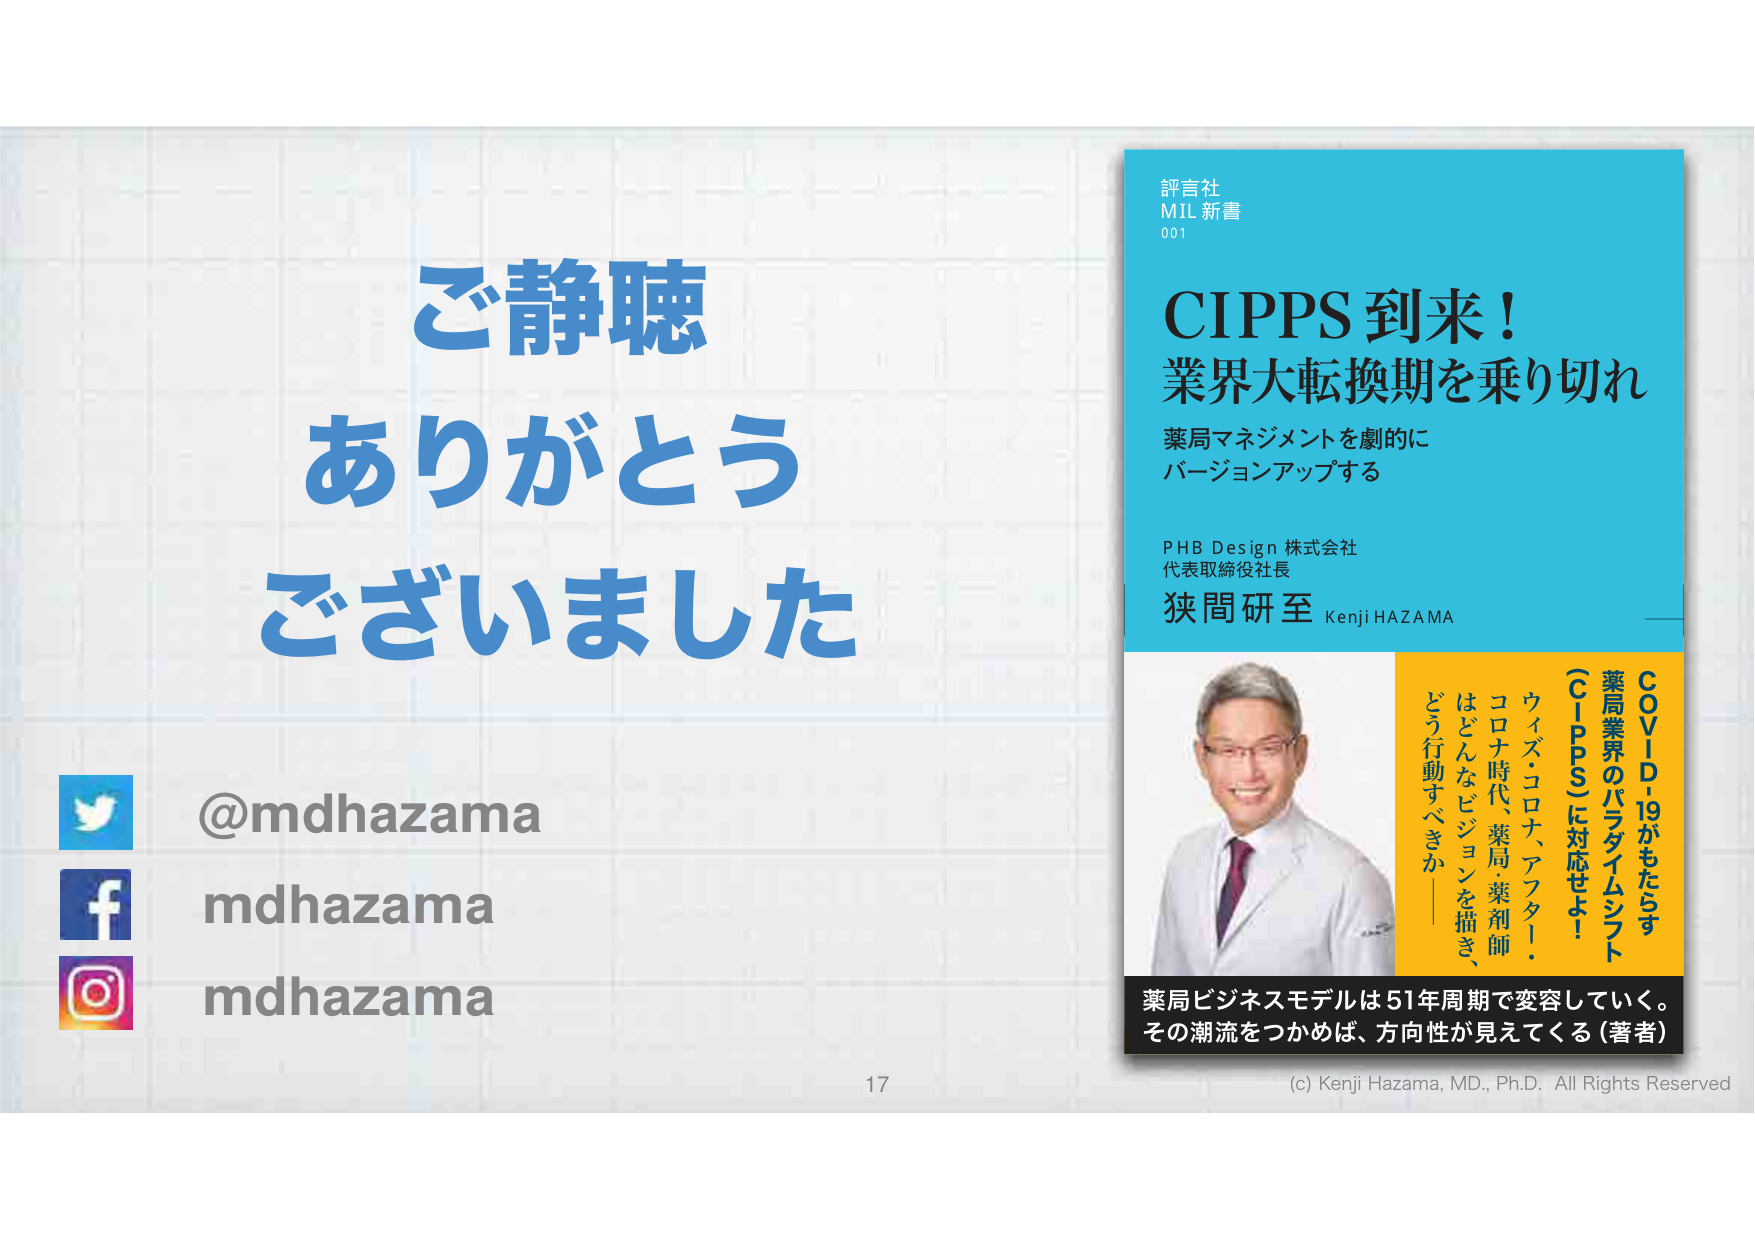
ご静聴
ありがとう
ございました

@mdhazama
mdhazama
mdhazama

17

評言社
MIL 新書
001

CIPPS到来！
業界大転換期を乗り切れ

薬局マネジメントを劇的に
バージョンアップする

PHB Design 株式会社
代表取締役社長
狭間研至 Kenji HAZAMA

COVID-19がもたらす
薬局業界のパラダイムシフト
（CIPPS）に対応せよ！
ウイズ・コロナ、アフター・
コロナ時代、薬局薬剤師
はどんなビジョンを描き、
どう行動すべきか

薬局ビジネスモデルは51年周期で変容していく。
その潮流をつかめば、方向性が見えてくる（著者）

(c) Kenji Hazama, MD., Ph.D. All Rights Reserved